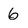
Character: 6